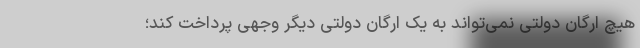
هیچ ارگان دولتی نمی‌تواند به یک ارگان دولتی دیگر وجهی پرداخت کند؛